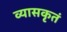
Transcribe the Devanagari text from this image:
व्यासकृतं